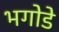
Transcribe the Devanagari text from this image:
भगोडे